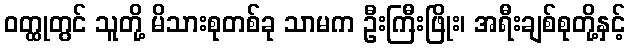
ဝတ္ထုတွင် သူတို့ မိသားစုတစ်ခု သာမက ဦးကြီးဖြိုး၊ အရီးချစ်စုတို့နှင့်